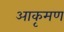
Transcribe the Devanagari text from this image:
आकृमण